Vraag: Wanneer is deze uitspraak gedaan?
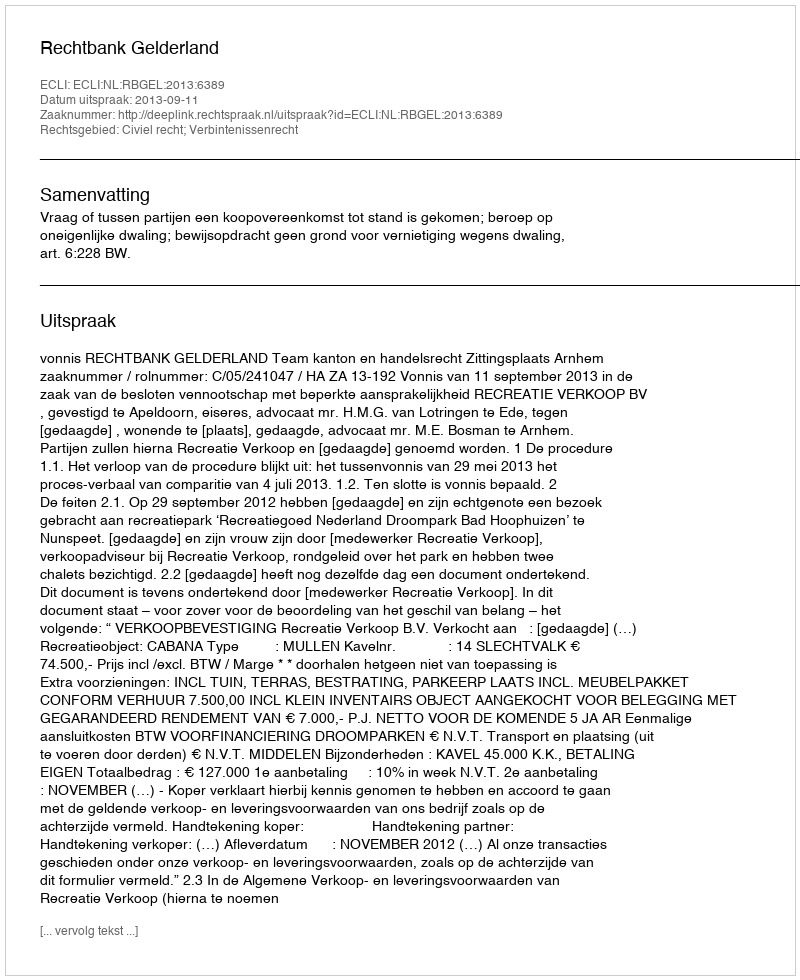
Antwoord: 2013-09-11